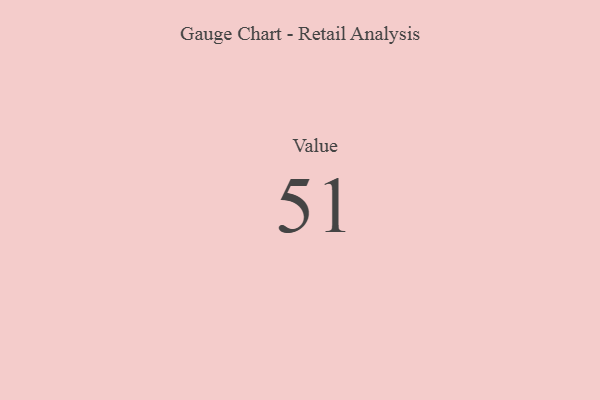
{"axis": {"x": "Metric", "y": "Value"}, "legend": [""], "data": [{"x": "Value", "y": 51, "type": ""}]}